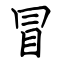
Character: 冒